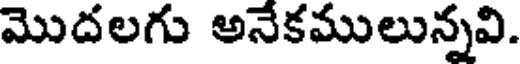
మొదలగు అనేకములున్నవి.